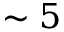
\sim 5